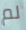
لم